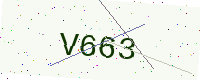
Text: V663